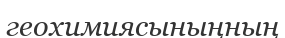
геохимиясыныңның